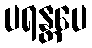
ပရန္တပေ